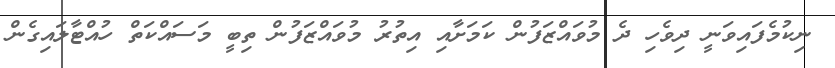
ނިކުމެފައިވަނީ ދިވެހި ދެ މުވައްޒަފުން ކަމަށާއި އިތުރު މުވައްޒަފުން ތިބީ މަސައްކަތް ހުއްޓާލައިގެން